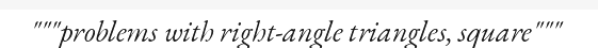
"""problems with right-angle triangles, square"""